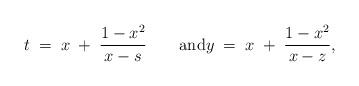
LaTeX: \begin{align*}t \; =\; x \; + \; \frac{1-x^2}{x-s}\qquad\mbox{and}y \; =\; x \; + \; \frac{1-x^2}{x-z},\end{align*}